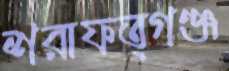
শরাফত্গঞ্জ